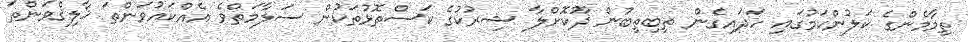
ތިމާމެންގެ ކަލުންކަމުގައި ހަދައިގެން ތިބިތިބުން ދޫކޮށްލާ ޝިރުކުގެ ކަސްތޮޅުތަކުން ސަލާމަތްވެ އެއްކައުވަންތަ ޚާލިޤްވަންތަ